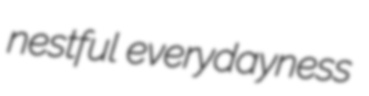
nestful everydayness